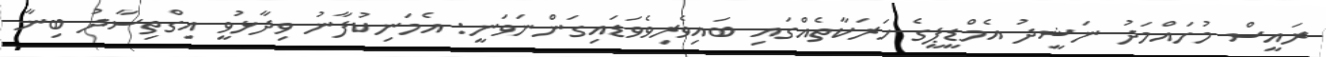
ރައީސް މުހައްމަދު ނަޝީދު އެމްޑީޕީގެ ހަރަކާތެއްގައި ބައިވެރިވެވަޑައިގަންނަވަނީ: އެމަނިކުފާނު ވިދާޅުވީ އިގްތިސާދު ބިނާ